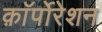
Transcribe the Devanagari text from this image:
क़ाॅर्पोरेशन